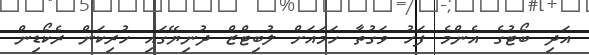
އަދި ބޯޓުގެ އެންމެ ފަހު ވަގުތާ ހަމައަށް ލުބިޓްޒް ދުނިޔޭގައި ހުރިކަން ރެކޯޑިން